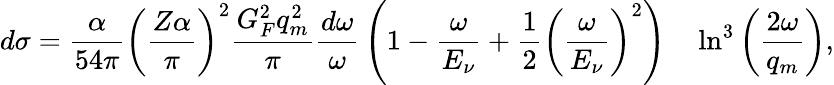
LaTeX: d\sigma={\frac{\alpha}{54\pi}}{\left(\frac{Z\alpha}{\pi}\right)}^{2}{\frac{G_{F}^{2}q_{m}^{2}}{\pi}}{\frac{d\omega}{\omega}}\left(1-{\frac{\omega}{E_{\nu}}}+{\frac{1}{2}}{\left(\frac{\omega}{E_{\nu}}\right)}^{2}\right)\quad\ln^{3}\left({\frac{2\omega}{q_{m}}}\right),